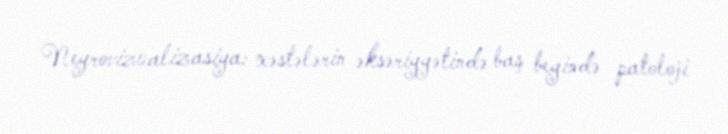
Neyrovizualizasiya: xəstələrin əksəriyyətində baş beyində patoloji